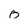
Character: 0